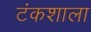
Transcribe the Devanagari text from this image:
टंकशाला